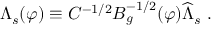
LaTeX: \Lambda _ { s } ( \varphi ) \equiv C ^ { - 1 / 2 } B _ { g } ^ { - 1 / 2 } ( \varphi ) \widehat \Lambda _ { s } \ .